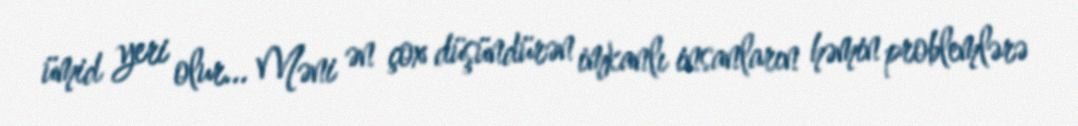
ümid yeri olur... Məni ən çox düşündürən imkanlı insanların həmin problemlərə